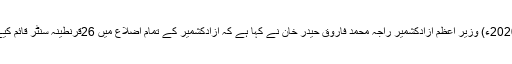
25 مارچ2020ء) وزیر اعظم آزادکشمیر راجہ محمد فاروق حیدر خان نے کہا ہے کہ آزادکشمیر کے تمام اضلاع میں 26قرنطینہ سنٹر قائم کیے گئے ہیں۔